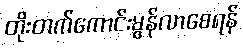
တိုးတက်ကောင်းမွန်လာစေရန်